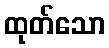
ထုတ်သော